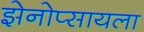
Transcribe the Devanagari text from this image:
झेनोप्सायला